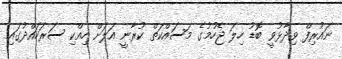
ނައުރިފް ވިދާޅުވީ ބޮޑު ހިލަ ޖެހުމުގެ މަސައްކަތް ކުރާނީ އަލަށް ހިއްކި ސަރަހައްދުގައި